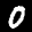
Label: 0